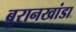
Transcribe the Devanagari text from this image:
बुरानखांडा